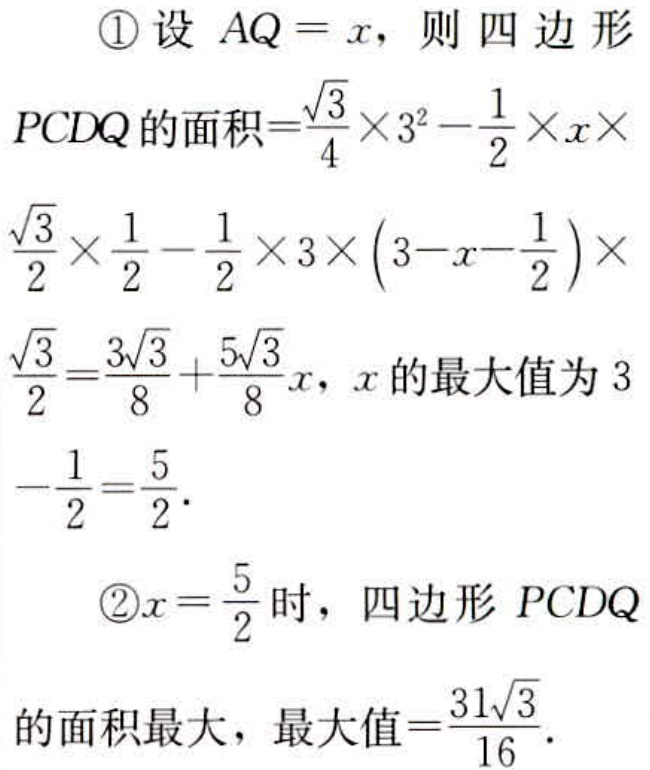
\textcircled{1}设 \(AQ = x\)，则四边形
\(PCDQ\)的面积\(=\frac{\sqrt{3}}{4}\times3^{2}-\frac{1}{2}\times x\times
\frac{\sqrt{3}}{2}\times\frac{1}{2}-\frac{1}{2}\times3\times(3 - x-\frac{1}{2})\times
\frac{\sqrt{3}}{2}=\frac{3\sqrt{3}}{8}+\frac{5\sqrt{3}}{8}x\)，\(x\)的最大值为 \(3\)
\(-\frac{1}{2}=\frac{5}{2}\)．
\textcircled{2}\(x = \frac{5}{2}\)时，四边形 \(PCDQ\)
的面积最大，最大值\(=\frac{31\sqrt{3}}{16}\)．